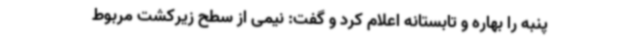
پنبه را بهاره و تابستانه اعلام کرد و گفت: نیمی از سطح زیرکشت مربوط